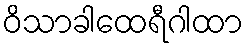
ဝိသာခါထေရီဂါထာ